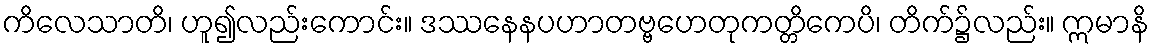
ကိလေသာတိ၊ ဟူ၍လည်းကောင်း။ ဒဿနေနပဟာတဗ္ဗဟေတုကတ္တိကေပိ၊ တိက်၌လည်း။ ဣမာနိ